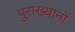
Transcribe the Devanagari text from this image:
पुराख्यानों